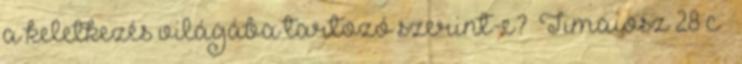
a keletkezés világába tartozó szerint-e?” Timaiosz 28 c –